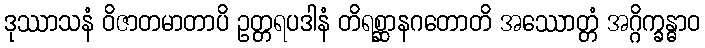
ဒုဿာသနံ ဝိဇာတမာတာပိ ဥတ္တရပဒါနံ တိရစ္ဆာနဂတောတိ အဿောတ္တံ အဂ္ဂိက္ခန္ဓာဝ